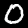
Digit: 0